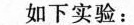
如下实验：